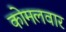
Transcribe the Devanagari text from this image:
काेमलवार